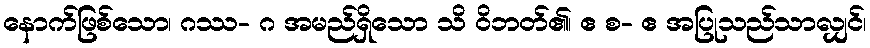
နောက်ဖြစ်သော၊ ဂဿ- ဂ အမည်ရှိသော သိ ဝိဘတ်၏၊ ဧ စ- ဧ အပြုသည်သာလျှင်၊